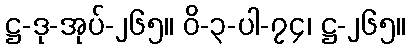
ဋ္ဌ-ဒု-အုပ်-၂၆၅။ ဝိ-၃-ပါ-၇၄၊ ဋ္ဌ-၂၆၅။